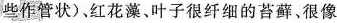
些作管状)、红花藻、叶子很纤细的苔藓、很像